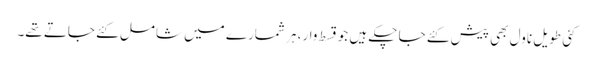
کئی طویل ناول بھی پیش کئے جا چکے ہیں جو قسط وار، ہر شمارے میں شامل کئے جاتے تھے۔